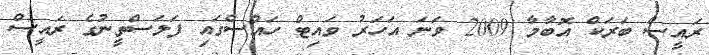
ރައީސް ބަރަކް އޮބާމާ 2009 ވަނަ އަހަރު ވައިޓް ހައުސްގައި ފަލަސްތީނުގެ ރައީސް